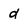
Character: d